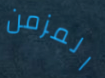
المزمن